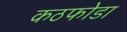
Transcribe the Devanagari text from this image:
कठफोडा